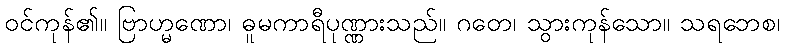
ဝင်ကုန်၏။ ဗြာဟ္မဏော၊ ဓူမကာရီပုဏ္ဏားသည်။ ဂတေ၊ သွားကုန်သော။ သရဘေစ၊